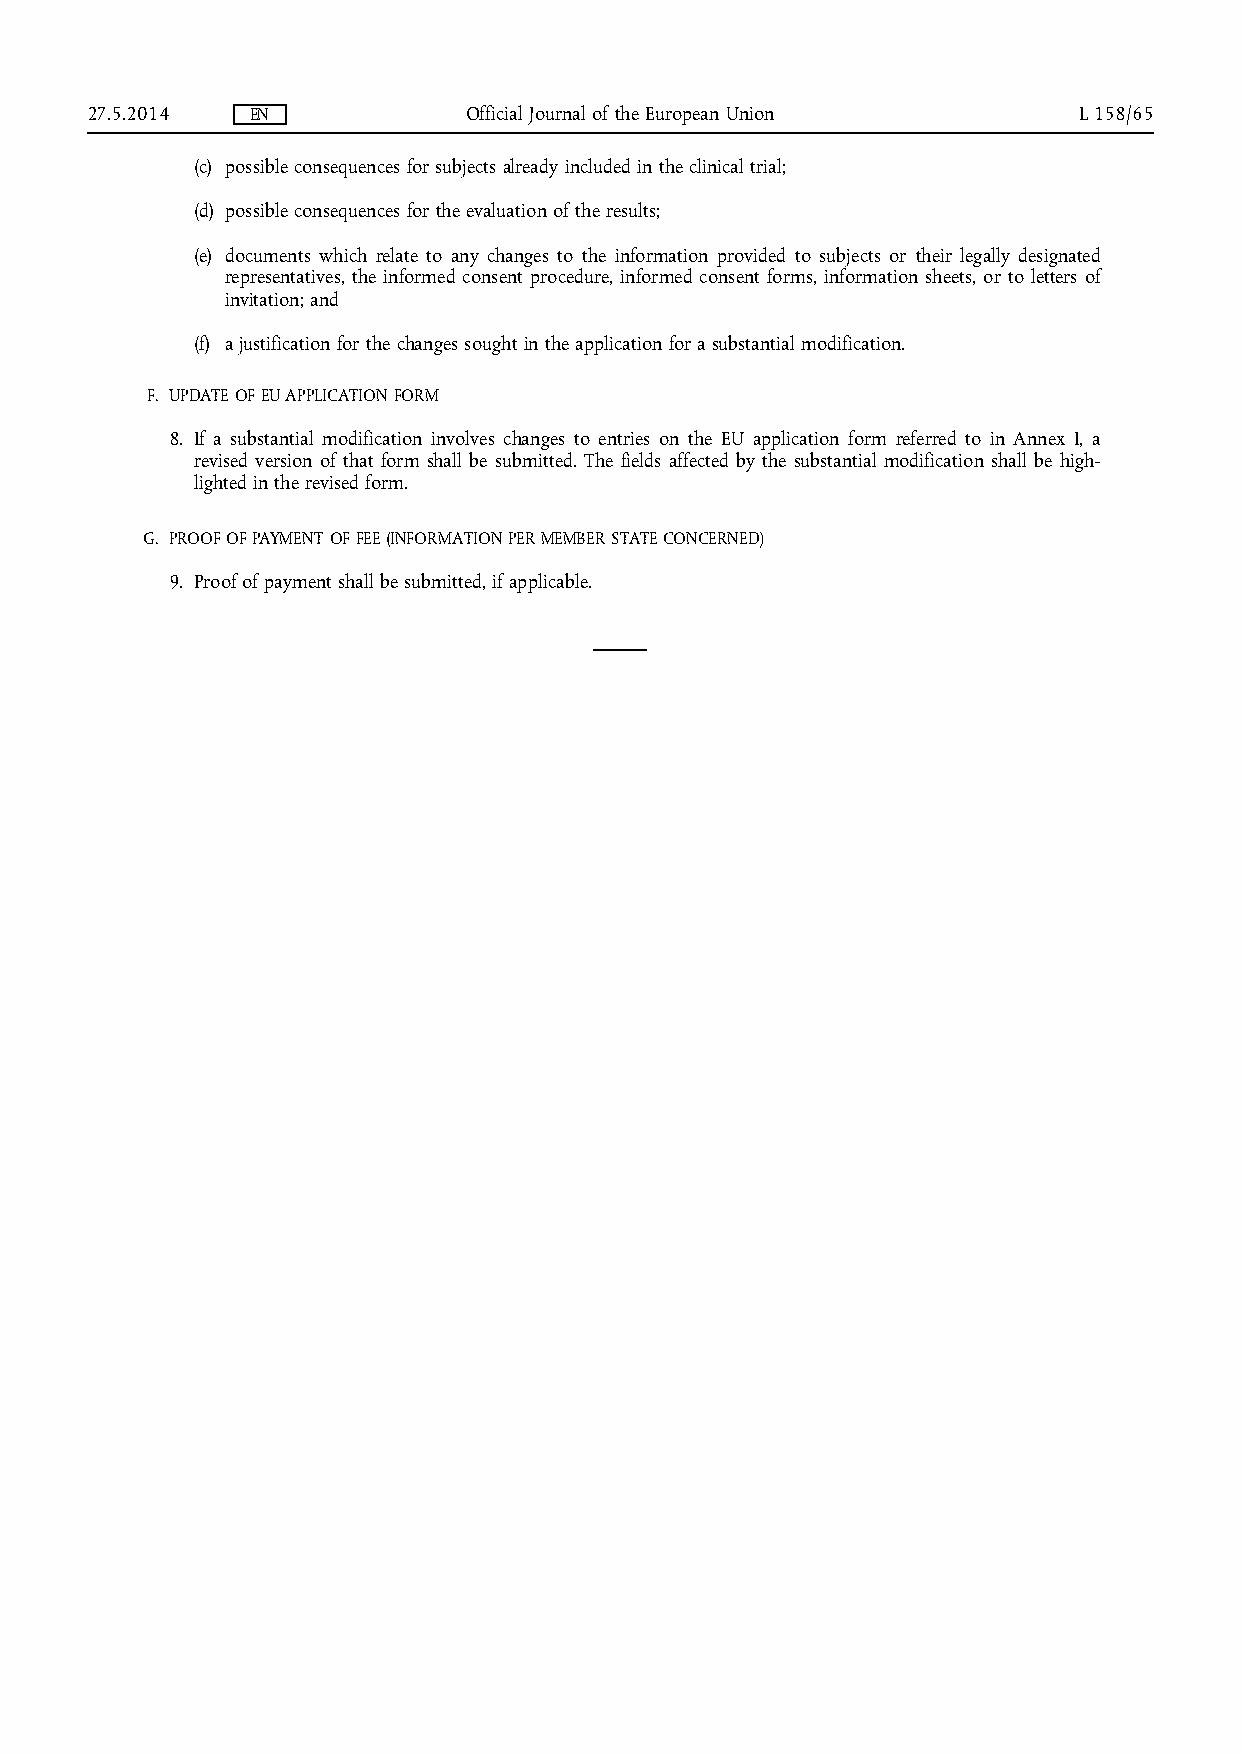
27.5.2014  EN            Official Journal of the European Union  L 158/65
 (c) possible consequences for subjects already included in the clinical trial;
 (d) possible consequences for the evaluation of the results;
 (e) documents which relate to any changes to the information provided to subjects or their legally designated
 representatives, the informed consent procedure, informed consent forms, information sheets, or to letters of
 invitation; and
 (f) a justification for the changes sought in the application for a substantial modification.
 F. UPDATE OF EU APPLICATION FORM
 8. If a substantial modification involves changes to entries on the EU application form referred to in Annex I, a
 revised version of that form shall be submitted. The fields affected by the substantial modification shall be high­
 lighted in the revised form.
 G. PROOF OF PAYMENT OF FEE (INFORMATION PER MEMBER STATE CONCERNED)
 9. Proof of payment shall be submitted, if applicable.